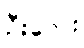
ဦးလေး